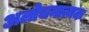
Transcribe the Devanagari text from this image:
अलोचनात्मक